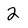
Character: 2